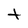
Character: t